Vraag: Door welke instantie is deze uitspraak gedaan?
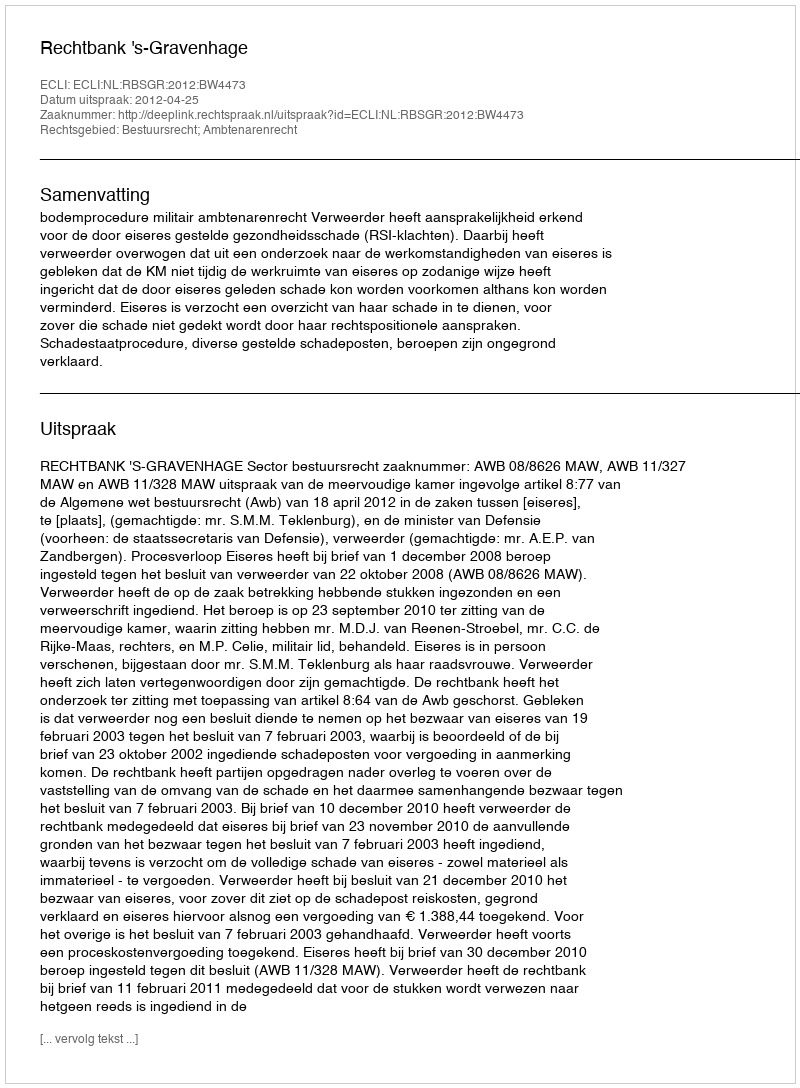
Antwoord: Rechtbank 's-Gravenhage